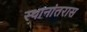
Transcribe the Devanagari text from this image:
स्थानांतरास